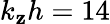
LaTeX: k_{\mathbf{z}}h=14